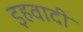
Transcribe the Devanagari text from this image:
इहवादी